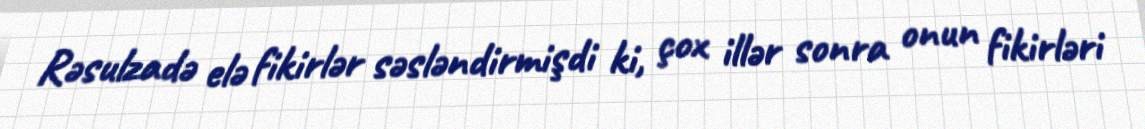
Rəsulzadə elə fikirlər səsləndirmişdi ki, çox illər sonra onun fikirləri